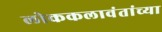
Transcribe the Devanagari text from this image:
लोककलावंतांच्या